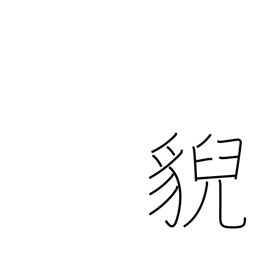
Meaning: wild beast